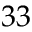
3 3